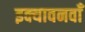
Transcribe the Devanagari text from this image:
इक्यावनवाँ